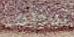
توظف